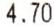
4.70